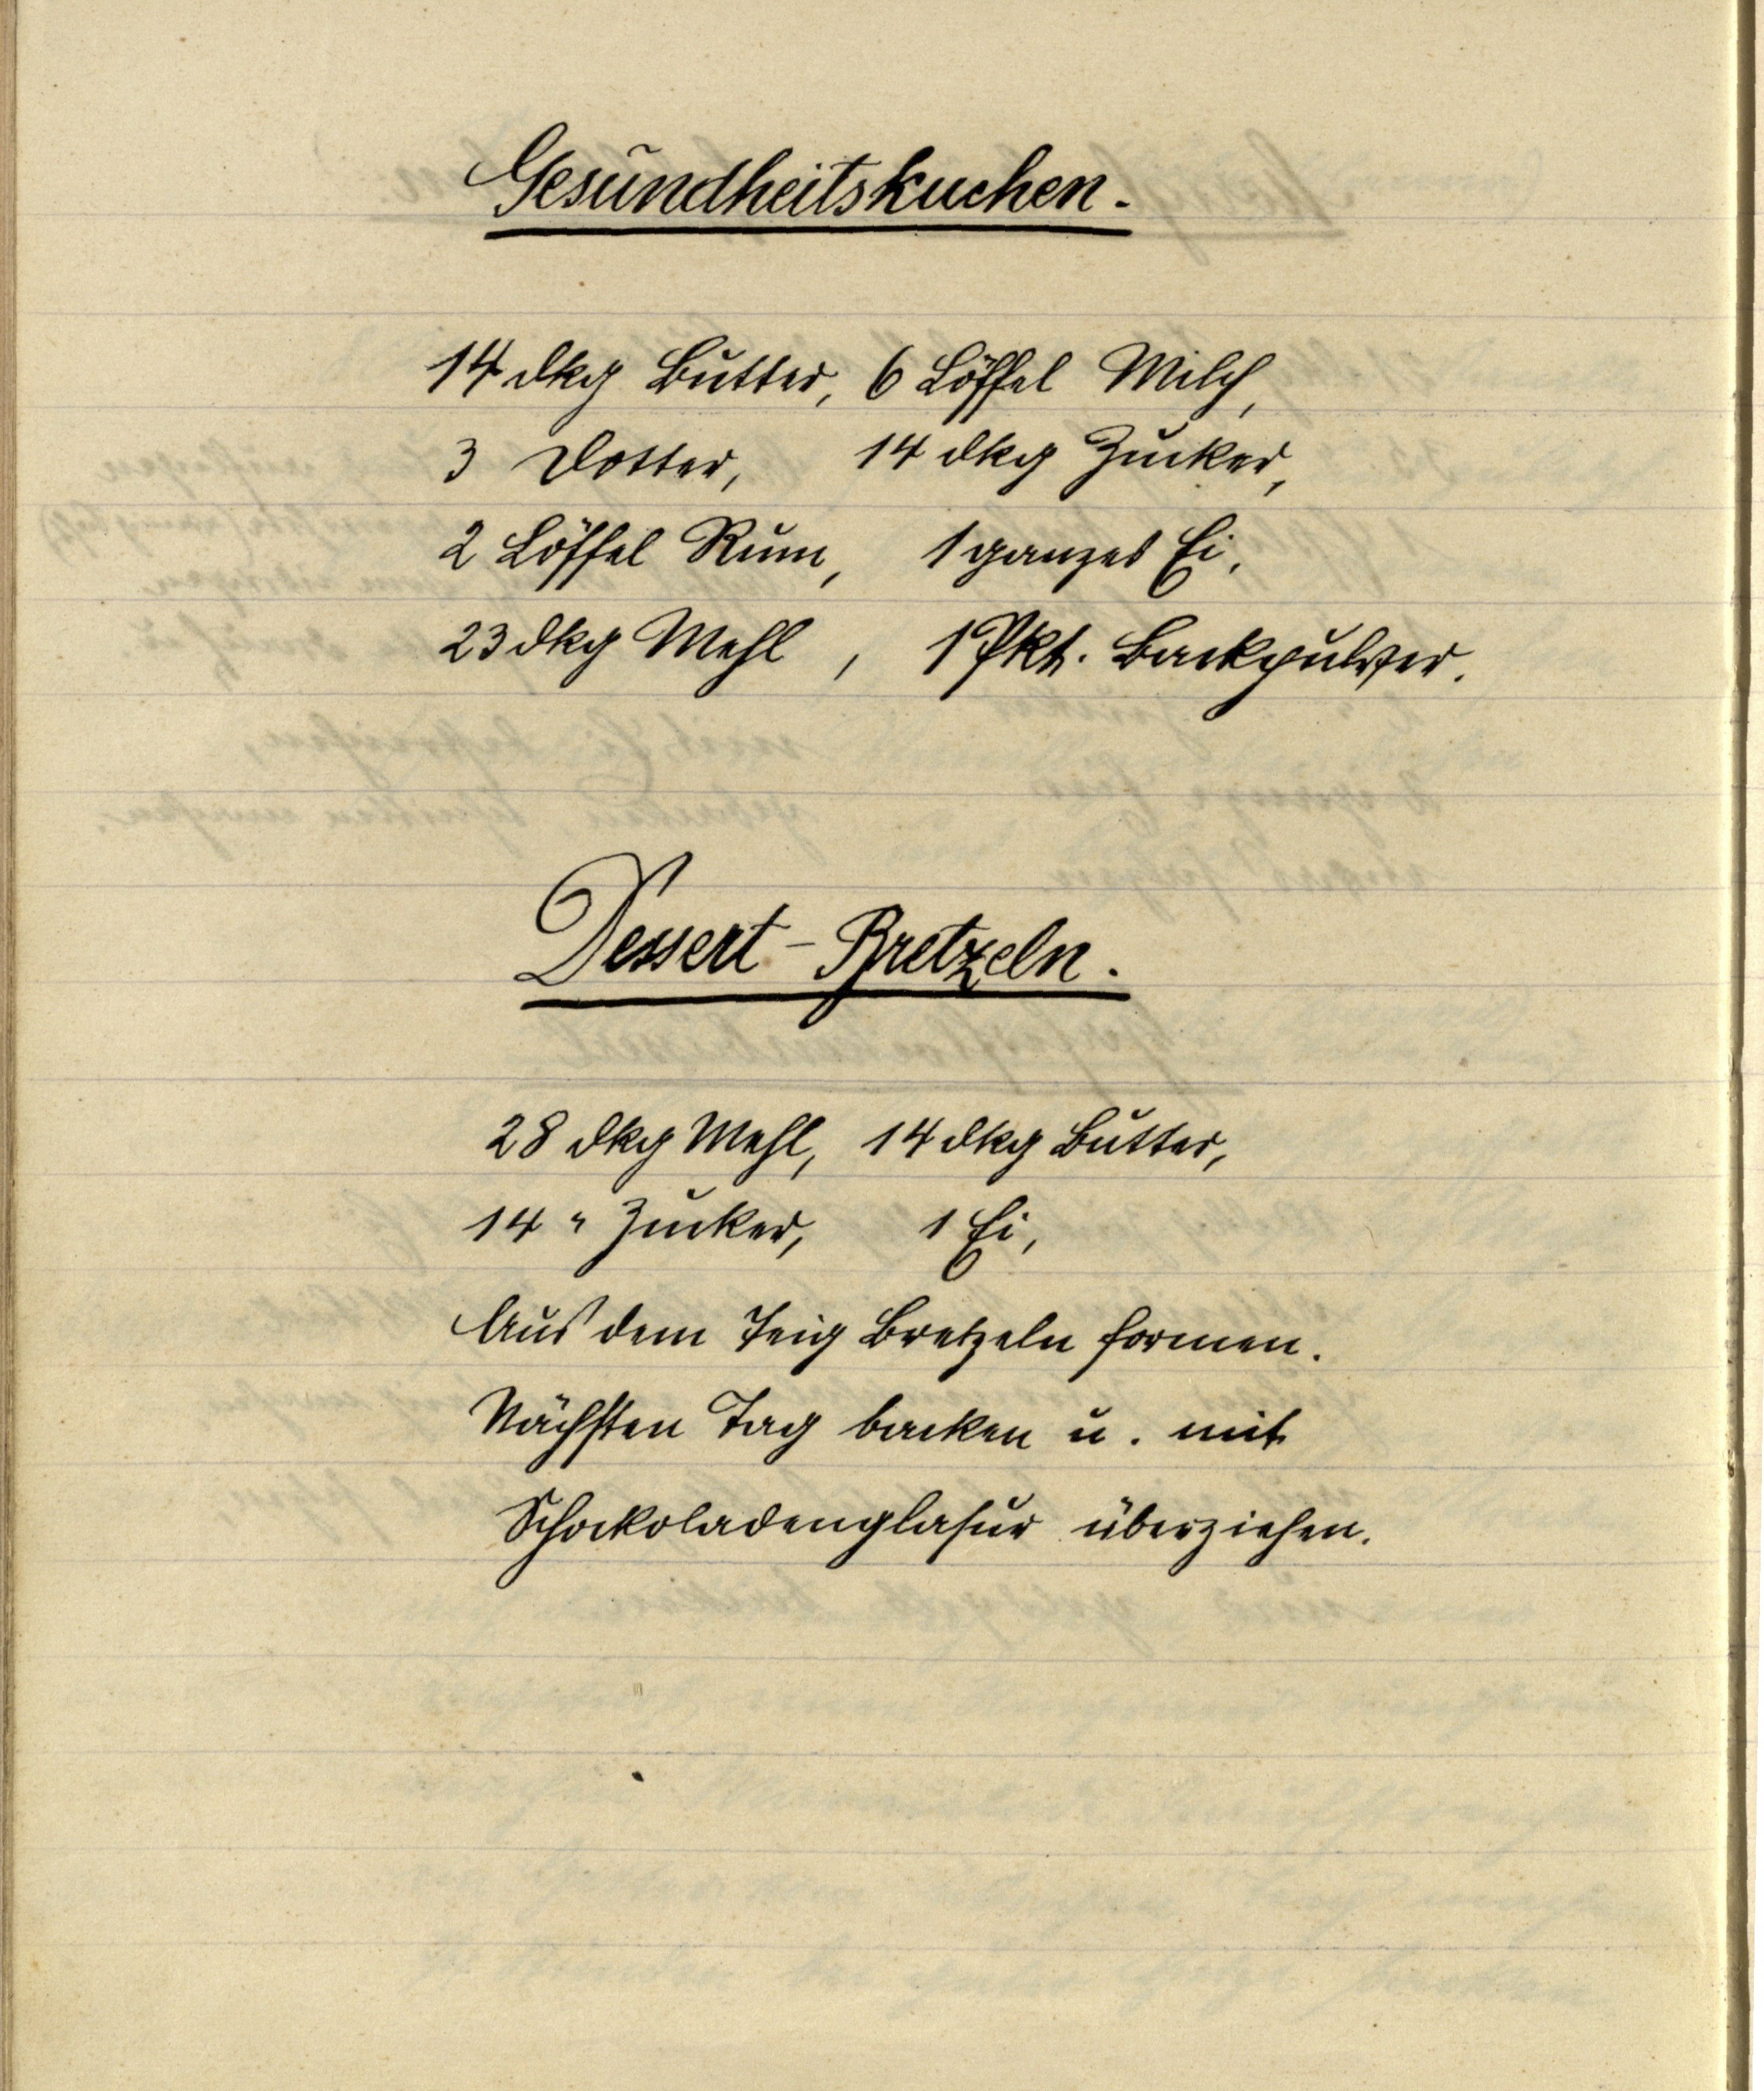
Gesundheitskuchen.

14 dkg Butter, 6 Löffel Milch,
3 Dotter, 14 dkg Zucker,
2 Löffel Rum, 1 ganzes Ei,
23 dkg Mehl, 1 Pkt. Backpulver.

Dessert-Bretzeln.

28 dkg Mehl, 14 dkg Butter,
14 " Zucker, 1 Ei,
Aus dem Teig Bretzeln formen.
Nächsten Tag backen u. mit
Schockoladenglasur überziehen.